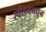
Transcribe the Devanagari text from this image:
स्वीडनमधून